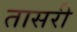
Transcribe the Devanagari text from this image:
तासरी